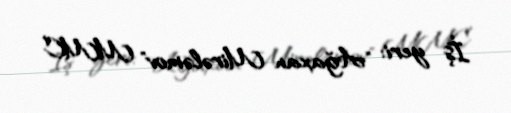
İş yeri: "Ağaxan Mirələmov" MMC